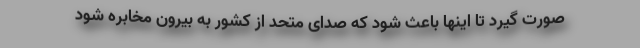
صورت گیرد تا اینها باعث شود که صدای متحد از کشور به بیرون مخابره شود